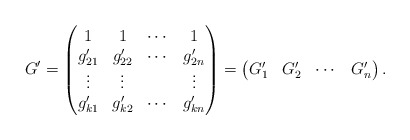
\begin{align*}G^\prime=\begin{pmatrix}1 & 1 & \cdots & 1\\g_{21}^\prime & g_{22}^\prime & \cdots & g_{2n}^\prime\\\vdots & \vdots & & \vdots\\g_{k1}^\prime & g_{k2}^\prime & \cdots & g_{kn}^\prime\end{pmatrix}=\begin{pmatrix}G_1^\prime & G_2^\prime & \cdots & G_n^\prime\end{pmatrix}.\end{align*}